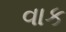
વાક